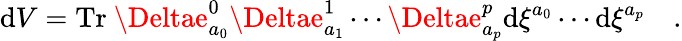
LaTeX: \mathrm{d}V=\mathrm{{Tr}}~\Deltae_{a_{0}}^{0}\Deltae_{a_{1}}^{1}\cdots\Deltae_{a_{p}}^{p}\mathrm{d}\xi^{a_{0}}\cdots\mathrm{d}\xi^{a_{p}}\quad.